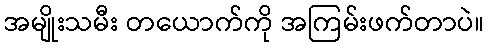
အမျိုးသမီး တယောက်ကို အကြမ်းဖက်တာပဲ။